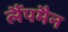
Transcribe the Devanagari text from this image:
लैंपमैन